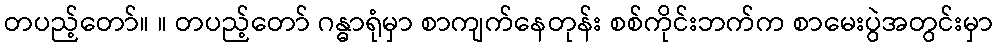
တပည့်တော်။ ။ တပည့်တော် ဂန္ဓာရုံမှာ စာကျက်နေတုန်း စစ်ကိုင်းဘက်က စာမေးပွဲအတွင်းမှာ